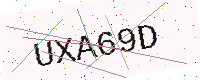
Text: UXA69D